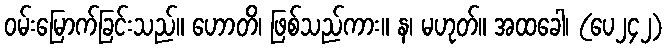
ဝမ်းမြောက်ခြင်းသည်။ ဟောတိ၊ ဖြစ်သည်ကား။ န၊ မဟုတ်။ အထခေါ၊ (ပေ၂၄၂)